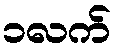
၁လက်